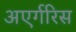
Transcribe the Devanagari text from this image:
अएर्गरिस